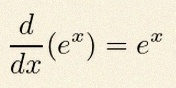
\frac{d}{dx}(e^x)=e^x